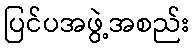
ပြင်ပအဖွဲ့အစည်း